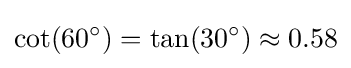
\cot(60^{\circ })=\tan(30^{\circ })\approx 0.58